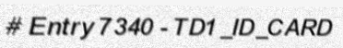
# Entry 7340 - TD1_ID_CARD